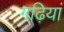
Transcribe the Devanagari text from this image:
गढ़ियां